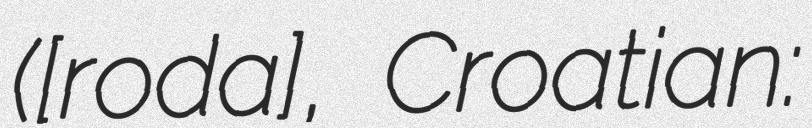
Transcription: ([ˈɒrɒɲoʃˌɡɒdaːɲ], Croatian: